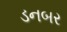
ડનબર